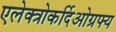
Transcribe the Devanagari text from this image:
एलेक्त्रोकर्दिओग्रफ्य